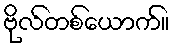
ဗိုလ်တစ်ယောက်။